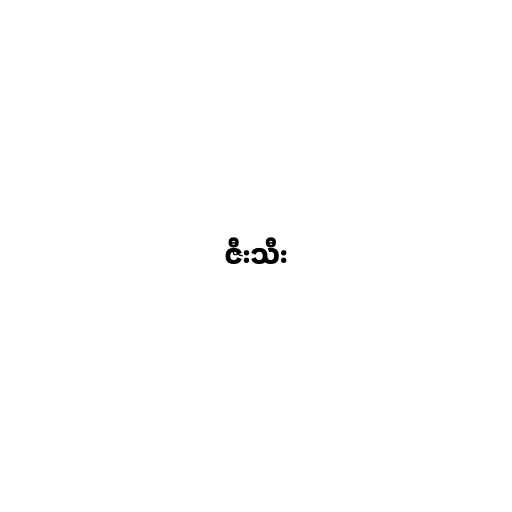
ဇီးသီး